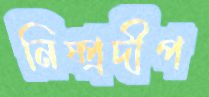
নিষ্প্রদীপ